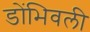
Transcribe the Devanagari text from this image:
डोंभिवली